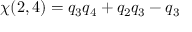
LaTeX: \chi ( 2 , 4 ) = q _ { 3 } q _ { 4 } + q _ { 2 } q _ { 3 } - q _ { 3 }